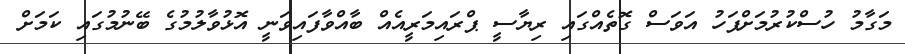
މަގާމު ހުސްކުރުމަށްފަހު އަވަސް ގޮތެއްގައި ރިޔާސީ ޕްރައިމަރީއެއް ބާއްވާފައިވަނީ އޮޅުވާލުމުގެ ބޭނުމުގައި ކަމަށް